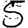
Digit: 5